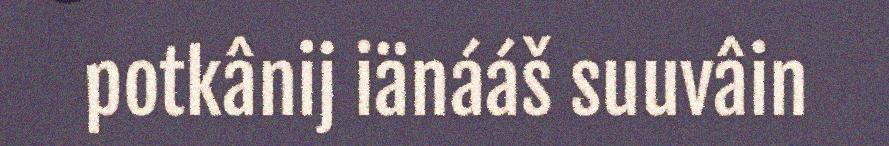
potkânij iänááš suuvâin